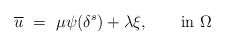
\begin{align*}\overline{u}\ =\ \mu \psi(\delta^s)+\lambda\xi,\qquad\hbox{in }\Omega\end{align*}